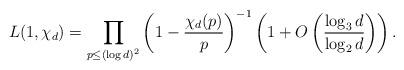
LaTeX: \begin{align*}L(1, \chi_d)= \prod_{p\leq (\log d)^2}\left(1-\frac{\chi_d(p)}{p}\right)^{-1}\left(1+O\left(\frac{\log_3 d}{\log_2 d}\right)\right).\end{align*}